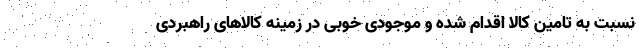
نسبت به تامین کالا اقدام شده و موجودی خوبی در زمینه کالاهای راهبردی